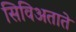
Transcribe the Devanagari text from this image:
सिविअताते